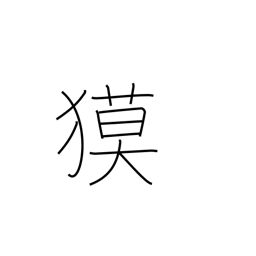
Meaning: tapir